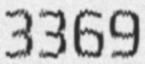
3369